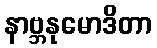
နာဗ္ဘနုမောဒိတာ